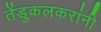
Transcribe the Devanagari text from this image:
तेंडुकलकरांनी